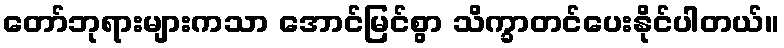
တော်ဘုရားများကသာ အောင်မြင်စွာ သိက္ခာတင်ပေးနိုင်ပါတယ်။